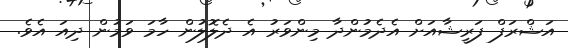
އަޝްރަފް ފަރީޝާއަށް އެދެމުންދާ މިންވަރު އެ ދެލޮލުން ހާމަ ވަމުން ދިއަ އެވެ.